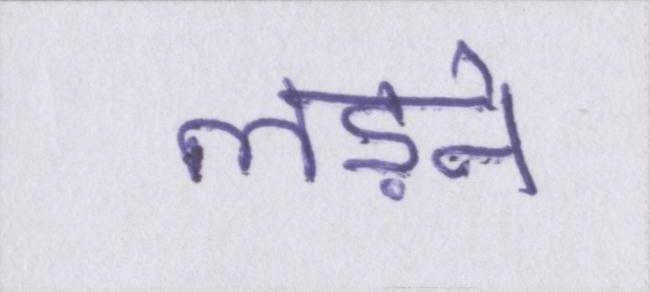
लड़ने